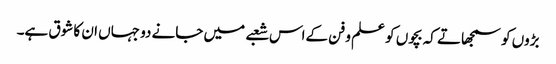
بڑوں کو سمجھاتے کہ بچوں کو علم و فن کےاس شعبے میں جانے دو جہاں ان کا شوق ہے۔